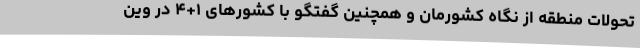
تحولات منطقه از نگاه کشورمان و همچنین گفتگو با کشورهای ١+۴ در وین